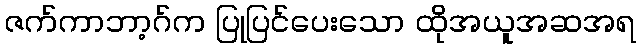
ဇက်ကာဘာ့ဂ်က ပြုပြင်ပေးသော ထိုအယူအဆအရ